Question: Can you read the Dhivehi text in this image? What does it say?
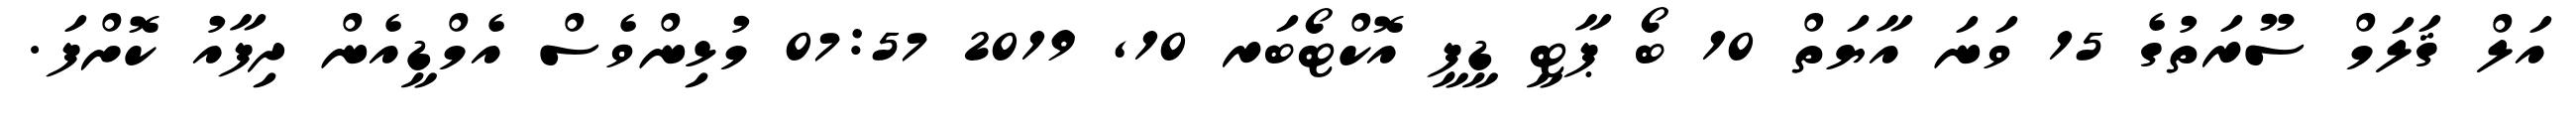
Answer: އަލް ޤަލަމް ސޫރަތުގެ 15 ވަނަ އާޔަތް 10 ބޯ ޕާޓީ ޑީޕީ އޮކްޓޯބަރ 10, 2019 07:57 މުޅިންވެސް އެމްޑީއެން ދިފާއު ކޮށްފަ.